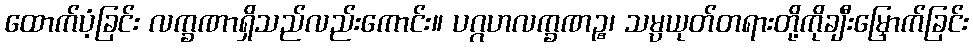
ထောက်ပံ့ခြင်း လက္ခဏာရှိသည်လည်းကောင်း။ ပဂ္ဂဟလက္ခဏဉ္စ၊ သမ္ပယုတ်တရားတို့ကိုချီးမြှောက်ခြင်း